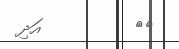
٢٥         އަދި